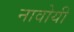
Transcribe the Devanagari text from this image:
नावोयी